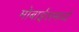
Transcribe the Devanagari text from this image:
मोबाईलमध्ये